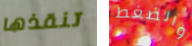
تنقذها والضغط